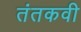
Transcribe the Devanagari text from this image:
तंतकवी